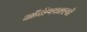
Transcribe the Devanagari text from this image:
ऑलेगसारखे